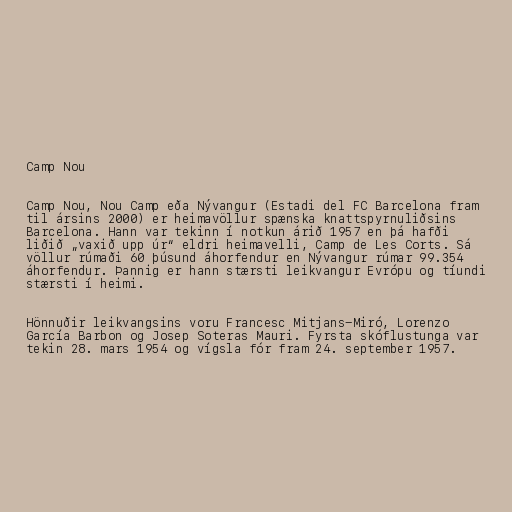
Camp Nou

Camp Nou, Nou Camp eða Nývangur (Estadi del FC Barcelona fram
til ársins 2000) er heimavöllur spænska knattspyrnuliðsins
Barcelona. Hann var tekinn í notkun árið 1957 en þá hafði
liðið „vaxið upp úr“ eldri heimavelli, Camp de Les Corts. Sá
völlur rúmaði 60 þúsund áhorfendur en Nývangur rúmar 99.354
áhorfendur. Þannig er hann stærsti leikvangur Evrópu og tíundi
stærsti í heimi.

Hönnuðir leikvangsins voru Francesc Mitjans-Miró, Lorenzo
García Barbon og Josep Soteras Mauri. Fyrsta skóflustunga var
tekin 28. mars 1954 og vígsla fór fram 24. september 1957.